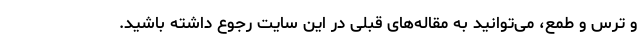
و ترس و طمع، می‌توانید به مقاله‌های قبلی در این سایت رجوع داشته باشید.